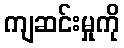
ကျဆင်းမှုကို